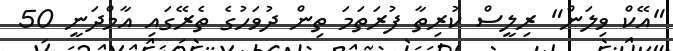
"އޭކް ވިލަން" ރިލީސް ކުރިތާ ފުރަތަމަ ތިން ދުވަހުގެ ތެރޭގައި އާމްދަނީ 50